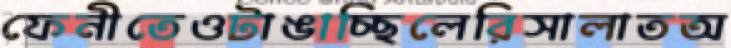
ফেনীতেওটাঙাচ্ছিলেরিসালাতঅ